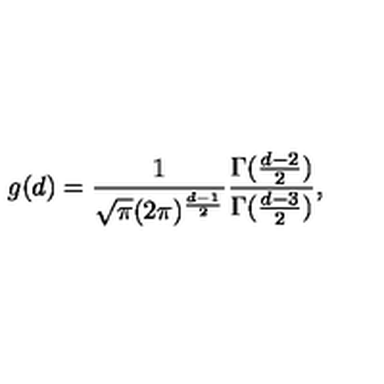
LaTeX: g ( d ) = \frac { 1 } { \sqrt { \pi } ( 2 \pi ) ^ { \frac { d - 1 } { 2 } } } \frac { \Gamma ( \frac { d - 2 } { 2 } ) } { \Gamma ( \frac { d - 3 } { 2 } ) } ,